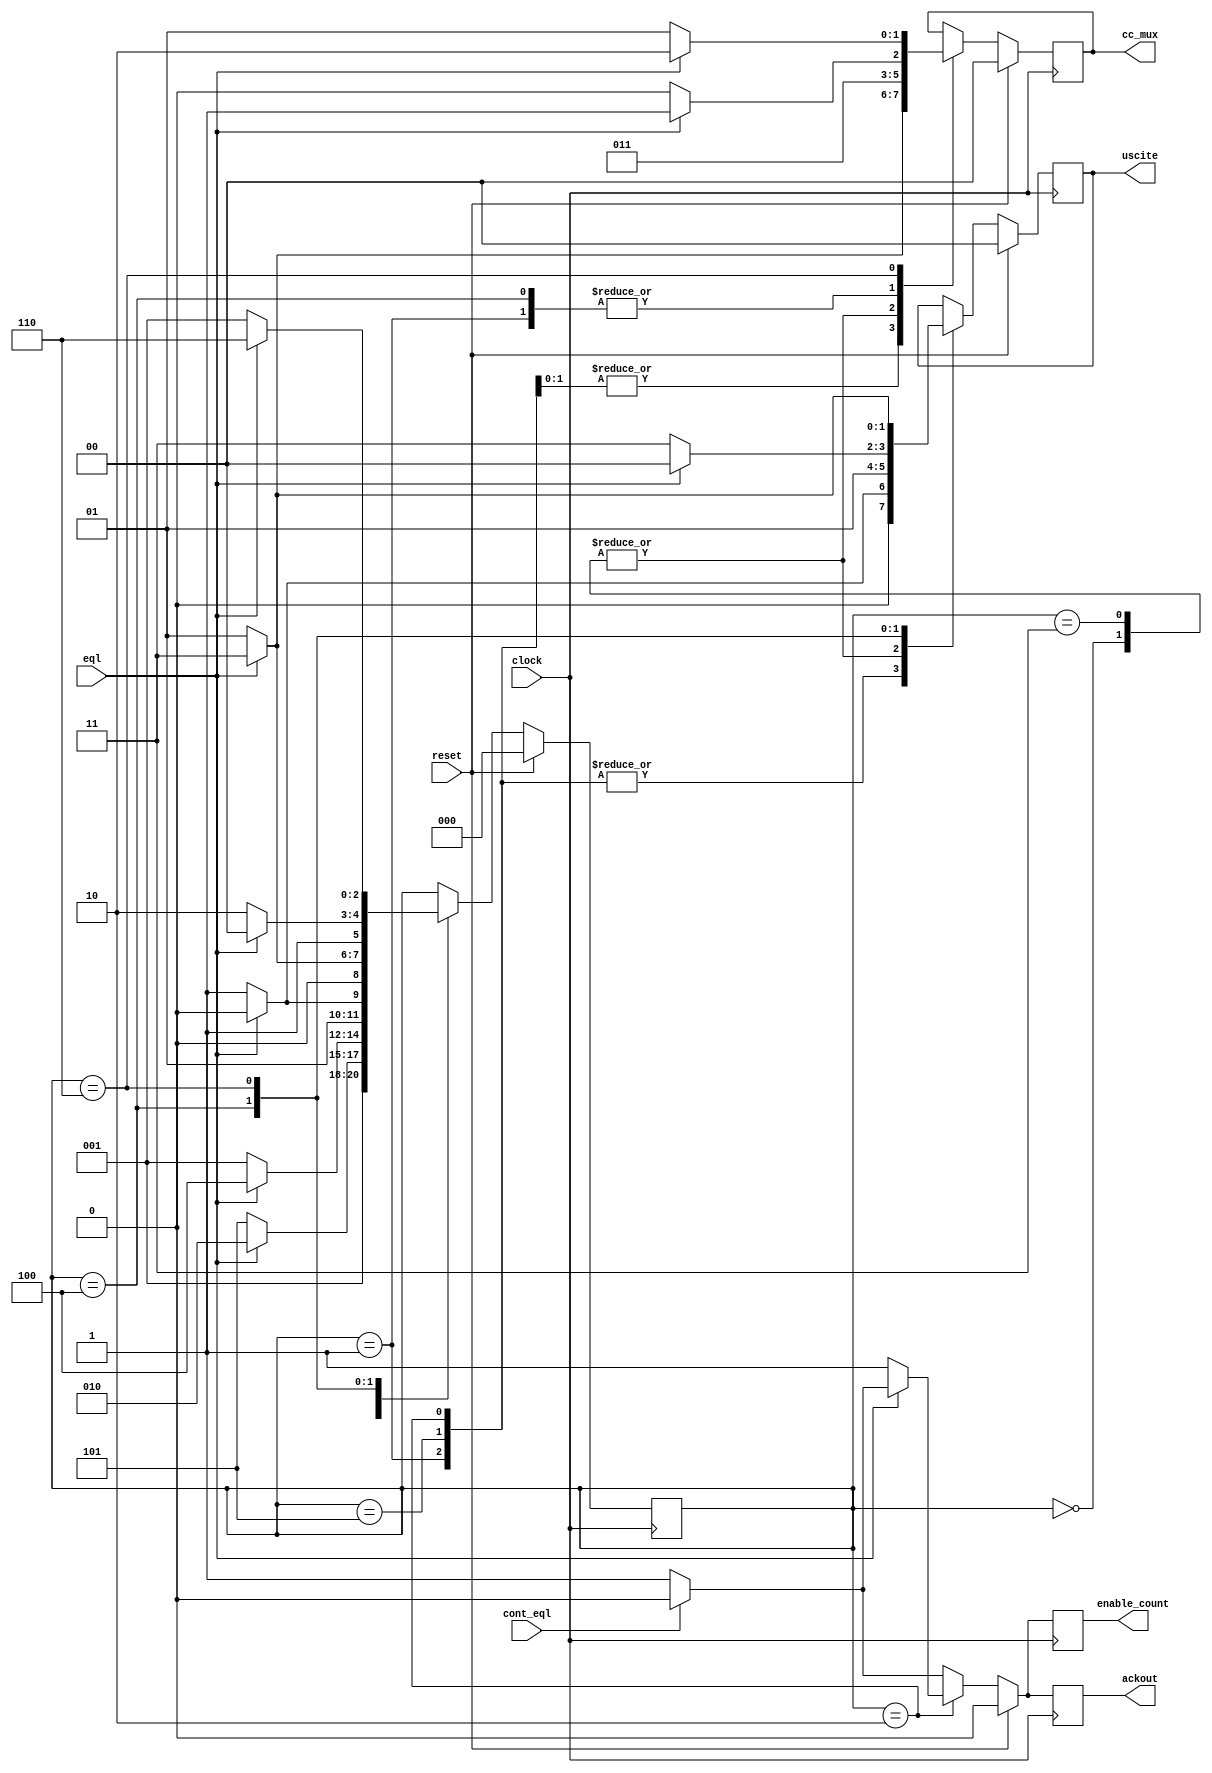
/*
entity b06 is
 port (cc_mux : out bit_vector(2 downto 1);
	   eql: in bit;
	   uscite: out bit_vector(2 downto 1);
	   clock: in bit;
	   enable_count: out bit;
	   ackout: out bit;
	   reset: in bit; 
	   cont_eql: in bit);

end b06;

architecture BEHAV of b06 is

*/
module b06(
	input eql,
	input clock,
	input reset,
	input cont_eql,

	output reg  [1:0] cc_mux,
	output reg  [1:0] uscite,
	output reg        enable_count,
	output reg  	  ackout
	);

	reg [2:0] state ;

	parameter   s_init = 3'b000;
	parameter   s_wait = 3'b001;
	parameter   s_enin = 3'b010;
	parameter s_enin_w = 3'b011;
	parameter   s_intr = 3'b100;
	parameter s_intr_1 = 3'b101;
	parameter s_intr_w = 3'b110;


		
	parameter   cc_nop = 2'b01;
	parameter  cc_enin = 2'b01;
	parameter  cc_intr = 2'b10;
	parameter cc_ackin = 2'b11;
	parameter out_norm = 2'b01; 
	 
	always@(posedge clock)
		if(reset == 1'b1)
			begin
				state <= s_init;
				cc_mux <= 2'b00;
				enable_count <= 1'b0;
				ackout <= 1'b0;
				uscite <= 2'b00;
			end
		else
		begin
			if(cont_eql == 1'b1)
			begin
				ackout <= 1'b0;
				enable_count <= 1'b0;
			end
			else
			begin
				ackout <= 1'b1;
				enable_count <= 1'b1;
			end
		
			case(state)
			s_init:
			begin
				cc_mux <= cc_enin;
				uscite <= out_norm;
				state <= s_wait;
			end
			s_wait:
				if(eql == 1'b1)
				begin
					uscite <= 2'b00;
					cc_mux <= cc_ackin;
					state <= s_enin;
				end
				else
				begin
					uscite <= out_norm;
					cc_mux <= cc_intr;
					state <= s_intr_1;
				end
			s_intr_1:
				if(eql == 1'b1)
					begin
						uscite <=2'b00;
						cc_mux <= cc_ackin;
						state <= s_intr;
					end
				else
				begin
					uscite <= out_norm;
					cc_mux <= cc_enin;
					state <= s_wait;
				end

			s_enin:
				if(eql == 1'b1)
					begin
						uscite <= 2'b00;
						cc_mux <= cc_ackin;
						state <= s_enin;
					end
				else
					begin
						uscite <= 2'b01;
						ackout <= 1'b1;
						enable_count <= 1'b1;
						cc_mux <= cc_enin;
						state <= s_enin_w;
					end

			s_enin_w:
				if(eql == 1'b1)
					begin
						uscite <= 2'b01;
						cc_mux <= cc_enin;
						state <= s_enin_w;
					end
				else
					begin
						uscite <= out_norm;
						cc_mux <= cc_enin;
						state <= s_wait;
					end

			s_intr:
				if(eql == 1'b1)
					begin
						uscite <= 2'b00;
						cc_mux <= cc_ackin;
						state <= s_intr;
					end
				 else
					begin
						uscite <= 2'b11;
						cc_mux <= cc_intr;
						state <= s_intr_w;
					end

			s_intr_w:
				if(eql == 1'b1)
					begin
						uscite <= 2'b11;
						cc_mux <= cc_intr;
						state <= s_intr_w;
					end
				else
					begin
						uscite <= out_norm;
						cc_mux <= cc_enin;
						state <= s_wait;
					end

		endcase
		end
endmodule